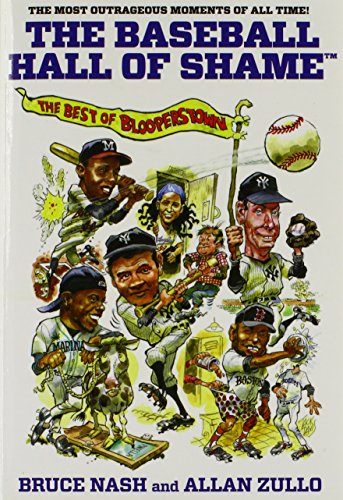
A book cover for Baseball Hall of Shame(TM): The Best Of Blooperstown; Bruce Nash; Humor & Entertainment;